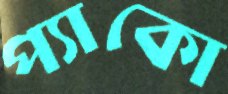
প্যাকো